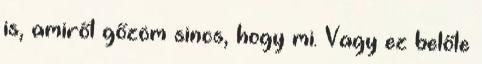
is, amiről gőzöm sincs, hogy mi. Vagy ez belőle